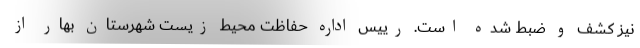
نیز کشف و ضبط شده است. رییس اداره حفاظت محیط زیست شهرستان بهار از